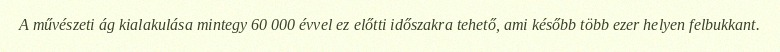
A művészeti ág kialakulása mintegy 60 000 évvel ez előtti időszakra tehető, ami később több ezer helyen felbukkant.